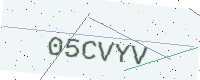
Text: 05CVYV